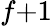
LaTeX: f{+}1